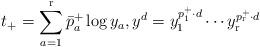
LaTeX: \begin{align*}t_+=\sum_{a=1}^\mathrm{r} \bar p_a^+ \log y_a, y^d=y_1^{p_1^+\cdot d}\cdots y_\mathrm{r}^{p_\mathrm{r}^+\cdot d}\end{align*}